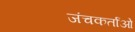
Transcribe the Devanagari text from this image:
जंचकर्ताओं